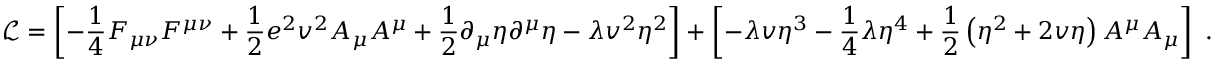
\ { \mathcal { L } } = \left[ - { \frac { 1 } { 4 } } F _ { \mu \nu } F ^ { \mu \nu } + { \frac { 1 } { 2 } } e ^ { 2 } v ^ { 2 } A _ { \mu } A ^ { \mu } + { \frac { 1 } { 2 } } \partial _ { \mu } \eta \partial ^ { \mu } \eta - \lambda v ^ { 2 } \eta ^ { 2 } \right] + \left[ - \lambda v \eta ^ { 3 } - { \frac { 1 } { 4 } } \lambda \eta ^ { 4 } + { \frac { 1 } { 2 } } \left( \eta ^ { 2 } + 2 v \eta \right) A ^ { \mu } A _ { \mu } \right] ~ .